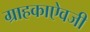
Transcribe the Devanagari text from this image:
ग्राहकाऐवजी